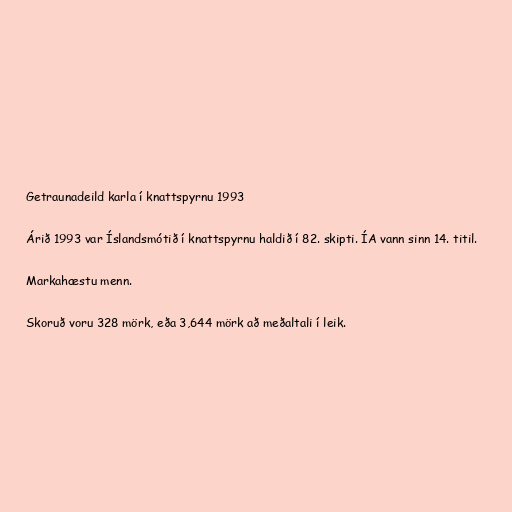
Getraunadeild karla í knattspyrnu 1993

Árið 1993 var Íslandsmótið í knattspyrnu haldið í 82. skipti. ÍA vann sinn 14. titil.

Markahæstu menn.

Skoruð voru 328 mörk, eða 3,644 mörk að meðaltali í leik.